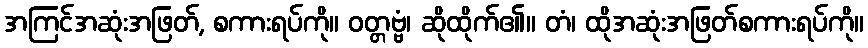
အကြင်အဆုံးအဖြတ်, စကားရပ်ကို။ ဝတ္တဗ္ဗံ၊ ဆိုထိုက်၏။ တံ၊ ထိုအဆုံးအဖြတ်စကားရပ်ကို။